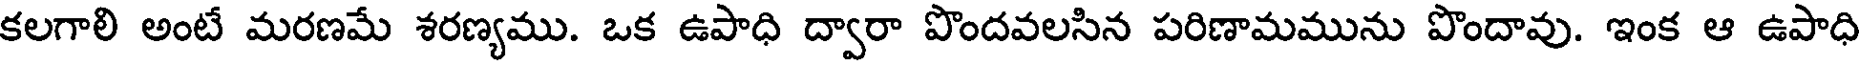
కలగాలి అంటే మరణమే శరణ్యము. ఒక ఉపాధి ద్వారా పొందవలసిన పరిణామమును పొందావు. ఇంక ఆ ఉపాధి